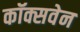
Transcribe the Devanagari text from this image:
कॉक्सवेन